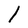
Character: l